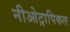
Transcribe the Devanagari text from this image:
नीओट्रापिकल